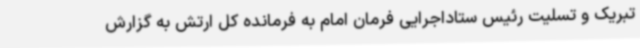
تبریک و تسلیت رئیس ستاداجرایی فرمان امام به فرمانده کل ارتش به گزارش